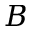
B